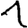
Digit: 1